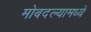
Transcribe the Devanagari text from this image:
मोबदल्यामध्ये